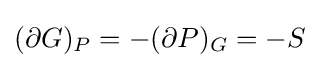
(\partial G)_{P}=-(\partial P)_{G}=-S